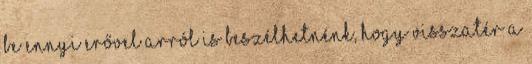
be Ennyi erővel arról is beszélhetnénk, hogy visszatér a